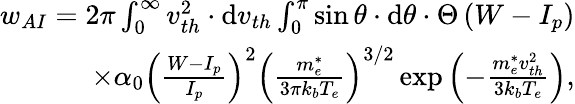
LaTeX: \begin{array}{r}{w_{AI}=2\pi\int_{0}^{\infty}v_{th}^{2}\cdot\mathrm{d}v_{th}\int_{0}^{\pi}\sin\theta\cdot\mathrm{d}\theta\cdot\Theta\left(W-I_{p}\right)}\\ {\times\alpha_{0}\left(\frac{W-I_{p}}{I_{p}}\right)^{2}\left(\frac{m_{e}^{*}}{3\pi k_{b}T_{e}}\right)^{3/2}\exp\left(-\frac{m_{e}^{*}v_{th}^{2}}{3k_{b}T_{e}}\right),}\end{array}